Vaccination United Provinces of Agra and Oudh 1902-1913 - 1902-1913
Year: 1902
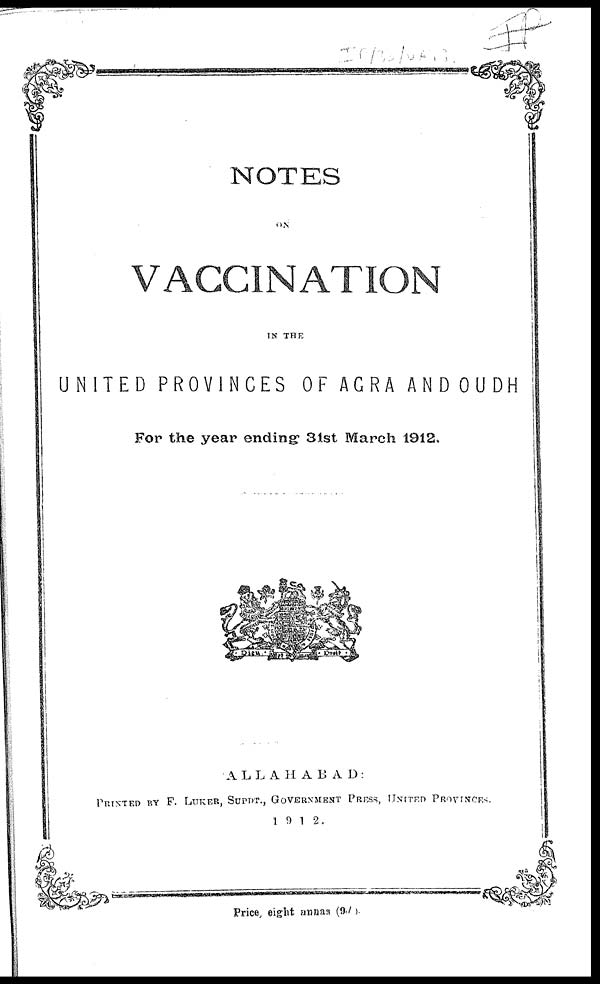
NOTES
ON
VACCINATION
IN THE
UNITED PROVINCES OF AGRA AND OUDH
For the year ending 31st March 1912.
ALLAHABAD :
PRINTED BY F. LUKER, SUPDT., GOVERNMENT PRESS, UNITED PROVINCES.
1912.
Price, eight annas (9d).